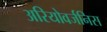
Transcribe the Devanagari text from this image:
अरियोवर्जनिस